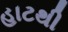
હાટથી